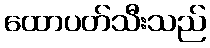
ထောပတ်သီးသည်